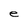
Character: e